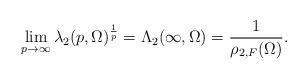
LaTeX: \begin{align*}\lim_{p\to \infty}\lambda_{2}(p,\Omega)^{\frac1p} = \Lambda_2(\infty,\Omega)= \frac{1}{\rho_{2,F}(\Omega)}.\end{align*}